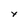
Character: x